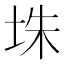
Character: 𪣎